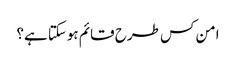
امن کس طرح قائم ہوسکتا ہے؟